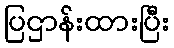
ပြဌာန်းထားပြီး